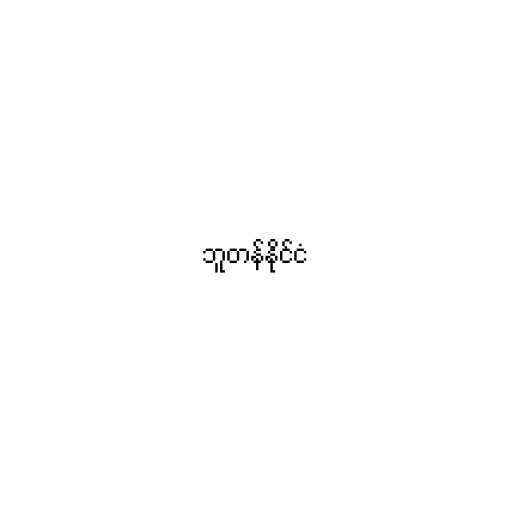
ဘူတန်နိုင်ငံ